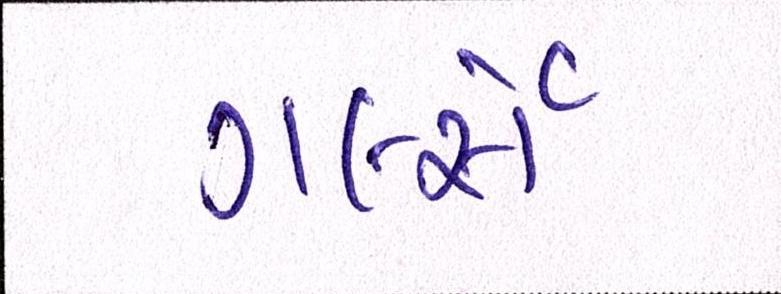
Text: ગર્લ્સે